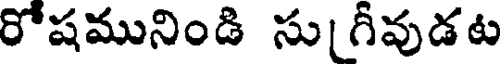
రోషమునిండి సు గీవుడట